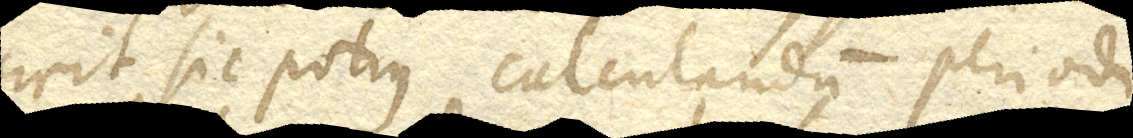
Erit sic potius calculandum periodi